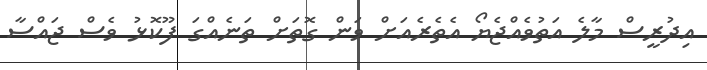
އިދުރީސް މާލެ އަތުވެއްޖެޔޯ އެތެރެއަށް ވަން ގޮތަށް ތަނެއްގަ ފޫކޮޅު ވެސް ޖައްސާ